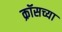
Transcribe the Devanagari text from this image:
क्रॉसच्या